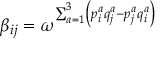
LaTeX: \beta _ { i j } = \omega ^ { \sum _ { a = 1 } ^ { 3 } \left( p _ { i } ^ { a } q _ { j } ^ { a } - p _ { j } ^ { a } q _ { i } ^ { a } \right) }